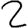
Digit: 2